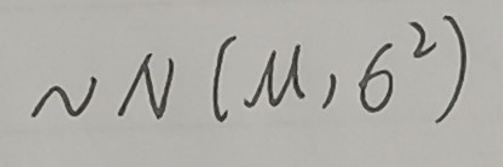
$\sim N(\mu,6^{2})$